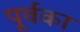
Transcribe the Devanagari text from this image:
पूर्वका